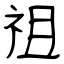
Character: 祖